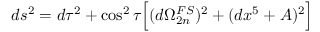
d s ^ { 2 } = d \tau ^ { 2 } + \cos ^ { 2 } \tau \Big [ ( d \Omega _ { 2 n } ^ { F S } ) ^ { 2 } + ( d x ^ { 5 } + A ) ^ { 2 } \Big ]